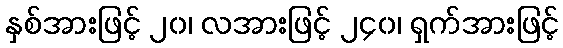
နှစ်အားဖြင့် ၂၀၊ လအားဖြင့် ၂၄၀၊ ရှက်အားဖြင့်